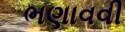
ભણાવવી